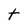
Character: t